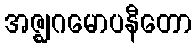
အဇ္ဈဂမောပနီတော